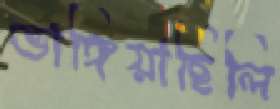
ভাঙ্গিয়াছিলি